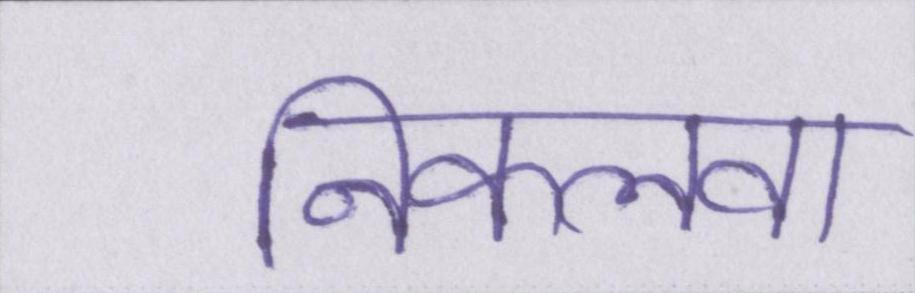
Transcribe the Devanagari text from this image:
निकलवा